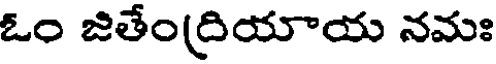
ఓం జితేంద్రియాయ నమః